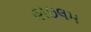
હાઇલમ